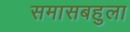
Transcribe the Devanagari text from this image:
समासबहुला